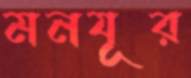
মনযূর